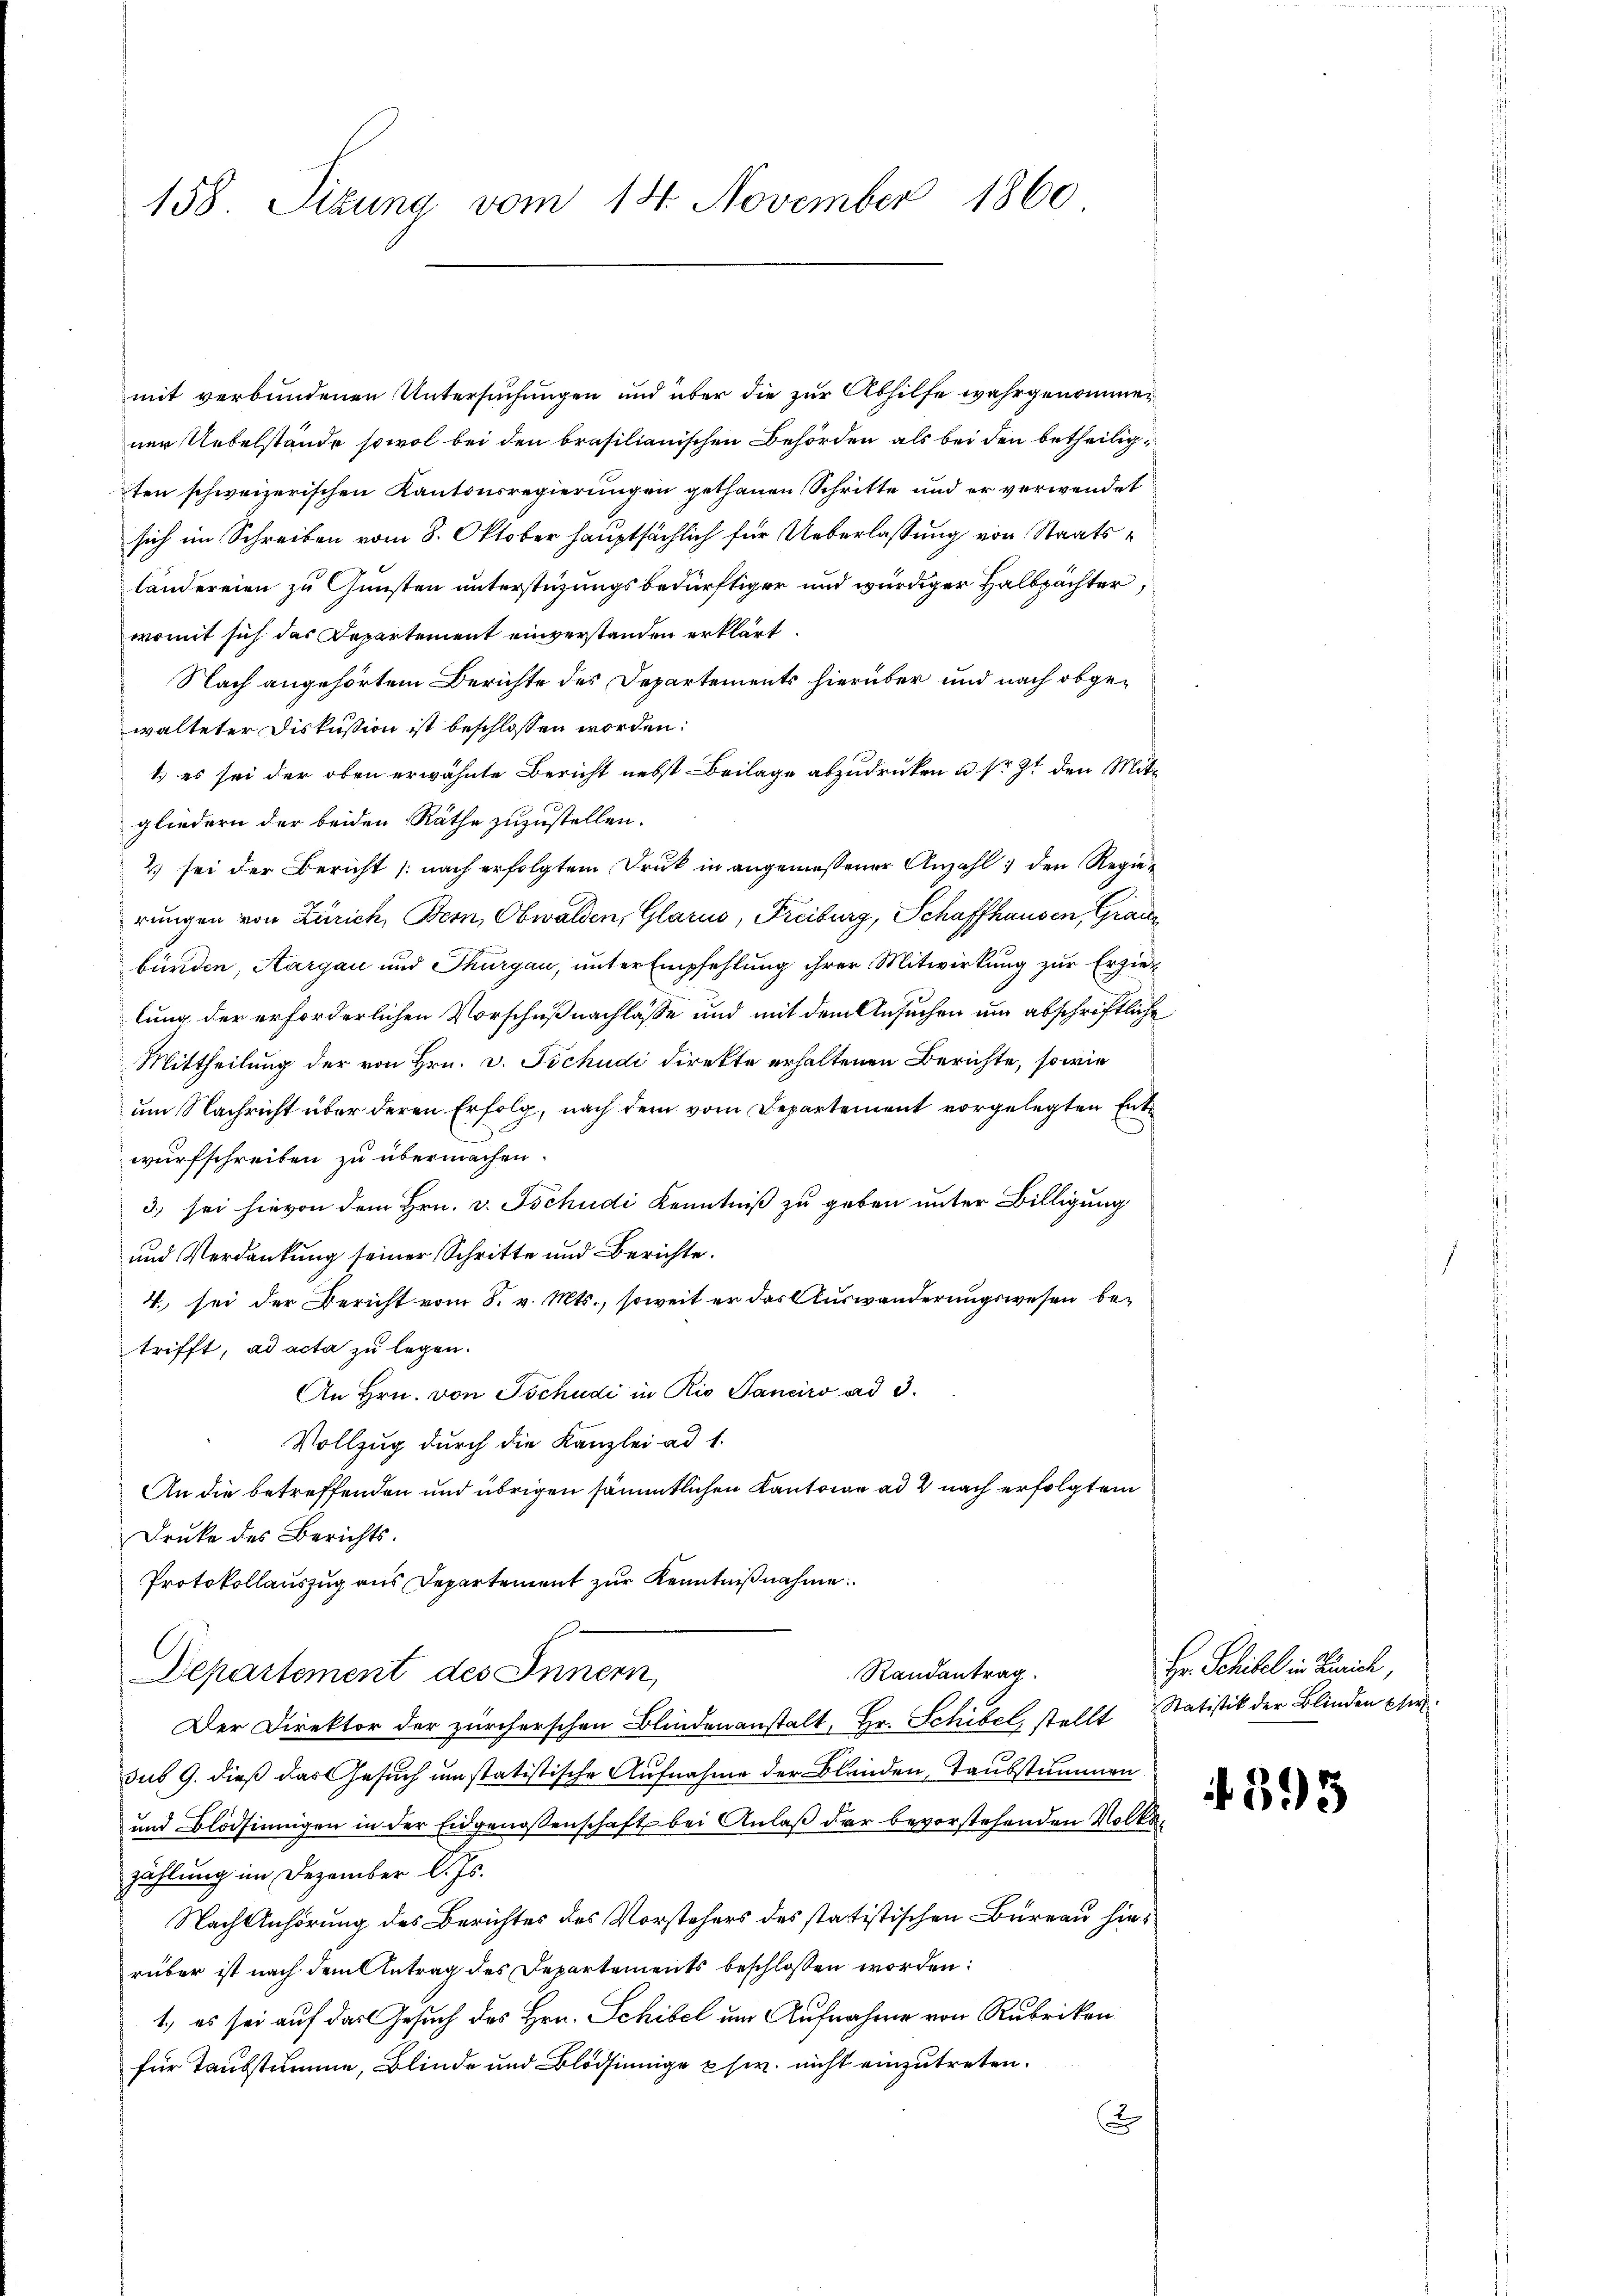
158. Sizung vom 14. November 1860

mit verbundenen Untersuchungen und über die zur Abhilfe wahrgenommen
ner Uebelstände sowol bei den brasilianischen Behörden als bei den betheiligten schweizerischen Kantonsregierungen gethanen Schritte und er verwendet
sich im Schreiben vom 8. Oktober hauptsächlich für Ueberlassung von Staatsländereien zu Gunsten unterstüzungs bedürftiger und würdiger Halbpächter,
womit sich das Departement einverstanden erklärt.
Nach angehörtem Berichte des Departements hierüber und nach obgewalteter Diskussion ist beschlossen worden:
1.) es sei der oben erwähnte Bericht nebst Beilage abzudrucken u. s. Zt. den Mitgliedern der beiden Räthe zuzustellen.
2 sei der Bericht (nach erfolgtem Druk in angemessener Anzahl den Regierungen von Zürich, Bern, Obwalden, Glarus, Freiburg, Schaffhausen, Grauz
bürden, Aargau und Thurgau, unter Empfehlung ihrer Mitwirkung zur Erziellung der erforderlichen Vorschuß nachlasse und mit dem Ansuchen um abschriftliche
Mittheilung der von Hrn. v. Tschudi direkte erhaltenen Berichte, sowie
um Nachricht über deren Erfolg, nach dem vom Departement vorgelegten Entwurfschreiben zu übermachen.
3) sei hievon dem Hrn. v. Tschudi Kenntniß zu geben unter Billigung
und Verdankung seiner Schritte und Berichte.
4. sei der Bericht vom 8. v. Mts., soweit er das Auswanderungswesen betrifft, ad acta zu legen.
An Hrn. von Tschudi in Rio Sanciro ad 3.
Vollzug durch die Kanzlei ad 1.
An die betreffenden und übrigen sämmtlichen Kantoine ad 2 nach erfolgtem
Druke des Berichts.
Protokollauszug aus Departement zur Kenntnißnahme.
Randantrag.
Departement des Innern,
Der Direktor der zürcherschen Blindenanstalt, Hr. Schibel, stellt Statistik der Blinden per
sus 9. dieß das Gesuch um statistische Aufnahme der Blunden, Taubstummen
und Blödsinnigen in der Eidgenossenschaft bei Anlaß der bevorstehenden Volkszählung im Dezember l. Js.
Nach Anhörung des Berichtes des Vorstehers des statistischen Bureau hierüber ist nach dem Antrag des Departements beschlossen worden:
1., es sei auf das Gesuch des Hrn. Schibel um Aufnahme von Rubriken
für Taubstumme, Blinde und Blödsinnige usw. nicht einzutreten.
2

Hr. Schifel in Zürich,

395